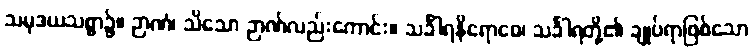
သမုဒယသစ္စာ၌။ ဉာဏံ၊ သိသော ဉာဏ်လည်းကောင်း။ သင်္ခါရနိရောဓေ၊ သင်္ခါရတို့၏ ချုပ်ရာဖြစ်သော